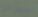
سيدمر